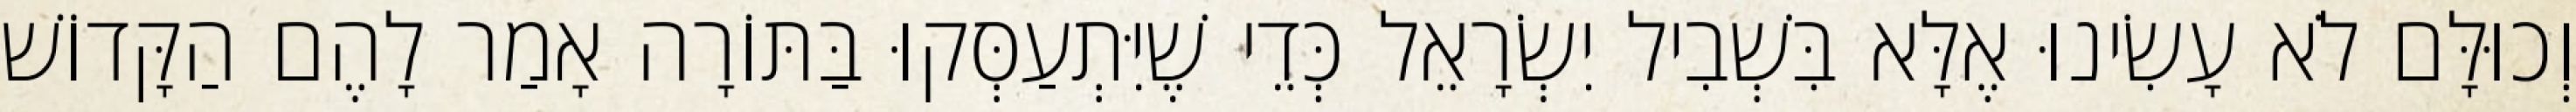
וְכוּלָּם לֹא עָשִׂינוּ אֶלָּא בִּשְׁבִיל יִשְׂרָאֵל כְּדֵי שֶׁיִּתְעַסְּקוּ בַּתּוֹרָה אָמַר לָהֶם הַקָּדוֹשׁ